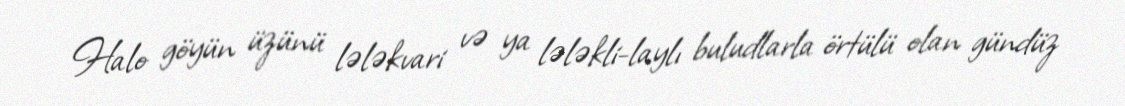
Halo göyün üzünü lələkvari və ya lələkli-laylı buludlarla örtülü olan gündüz